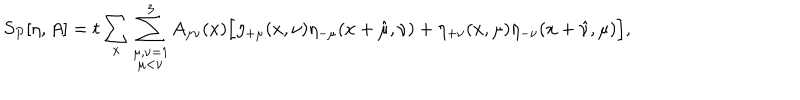
S _ { P } [ \eta , A ] = t \sum _ { x } \sum _ { \stackrel { \scriptstyle \mu , \nu = 1 } { \mu < \nu } } ^ { 3 } A _ { \mu \nu } ( x ) \Big [ \eta _ { + \mu } ( x , \nu ) \eta _ { - \mu } ( x + \hat { \mu } , \nu ) + \eta _ { + \nu } ( x , \mu ) \eta _ { - \nu } ( x + \hat { \nu } , \mu ) \Big ] ,